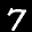
Label: 7